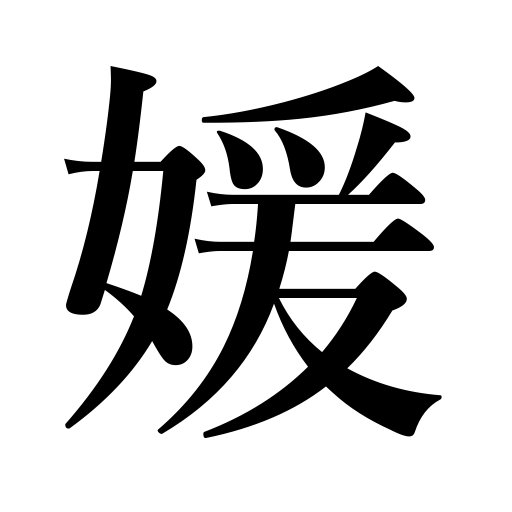
Meanings: princess,young lady of noble birth